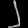
Digit: ၂